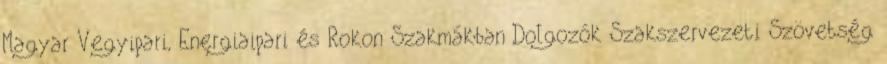
Magyar Vegyipari, Energiaipari és Rokon Szakmákban Dolgozók Szakszervezeti Szövetség